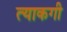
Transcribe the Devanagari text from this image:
त्याकगी